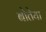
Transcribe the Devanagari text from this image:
बोतेया